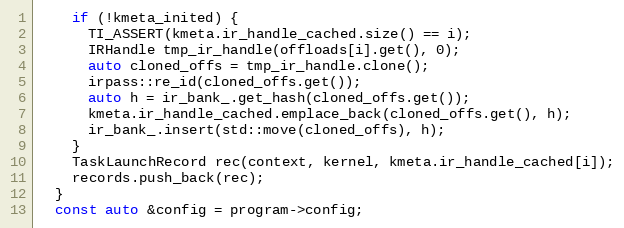
Language: C++
    if (!kmeta_inited) {
      TI_ASSERT(kmeta.ir_handle_cached.size() == i);
      IRHandle tmp_ir_handle(offloads[i].get(), 0);
      auto cloned_offs = tmp_ir_handle.clone();
      irpass::re_id(cloned_offs.get());
      auto h = ir_bank_.get_hash(cloned_offs.get());
      kmeta.ir_handle_cached.emplace_back(cloned_offs.get(), h);
      ir_bank_.insert(std::move(cloned_offs), h);
    }
    TaskLaunchRecord rec(context, kernel, kmeta.ir_handle_cached[i]);
    records.push_back(rec);
  }
  const auto &config = program->config;